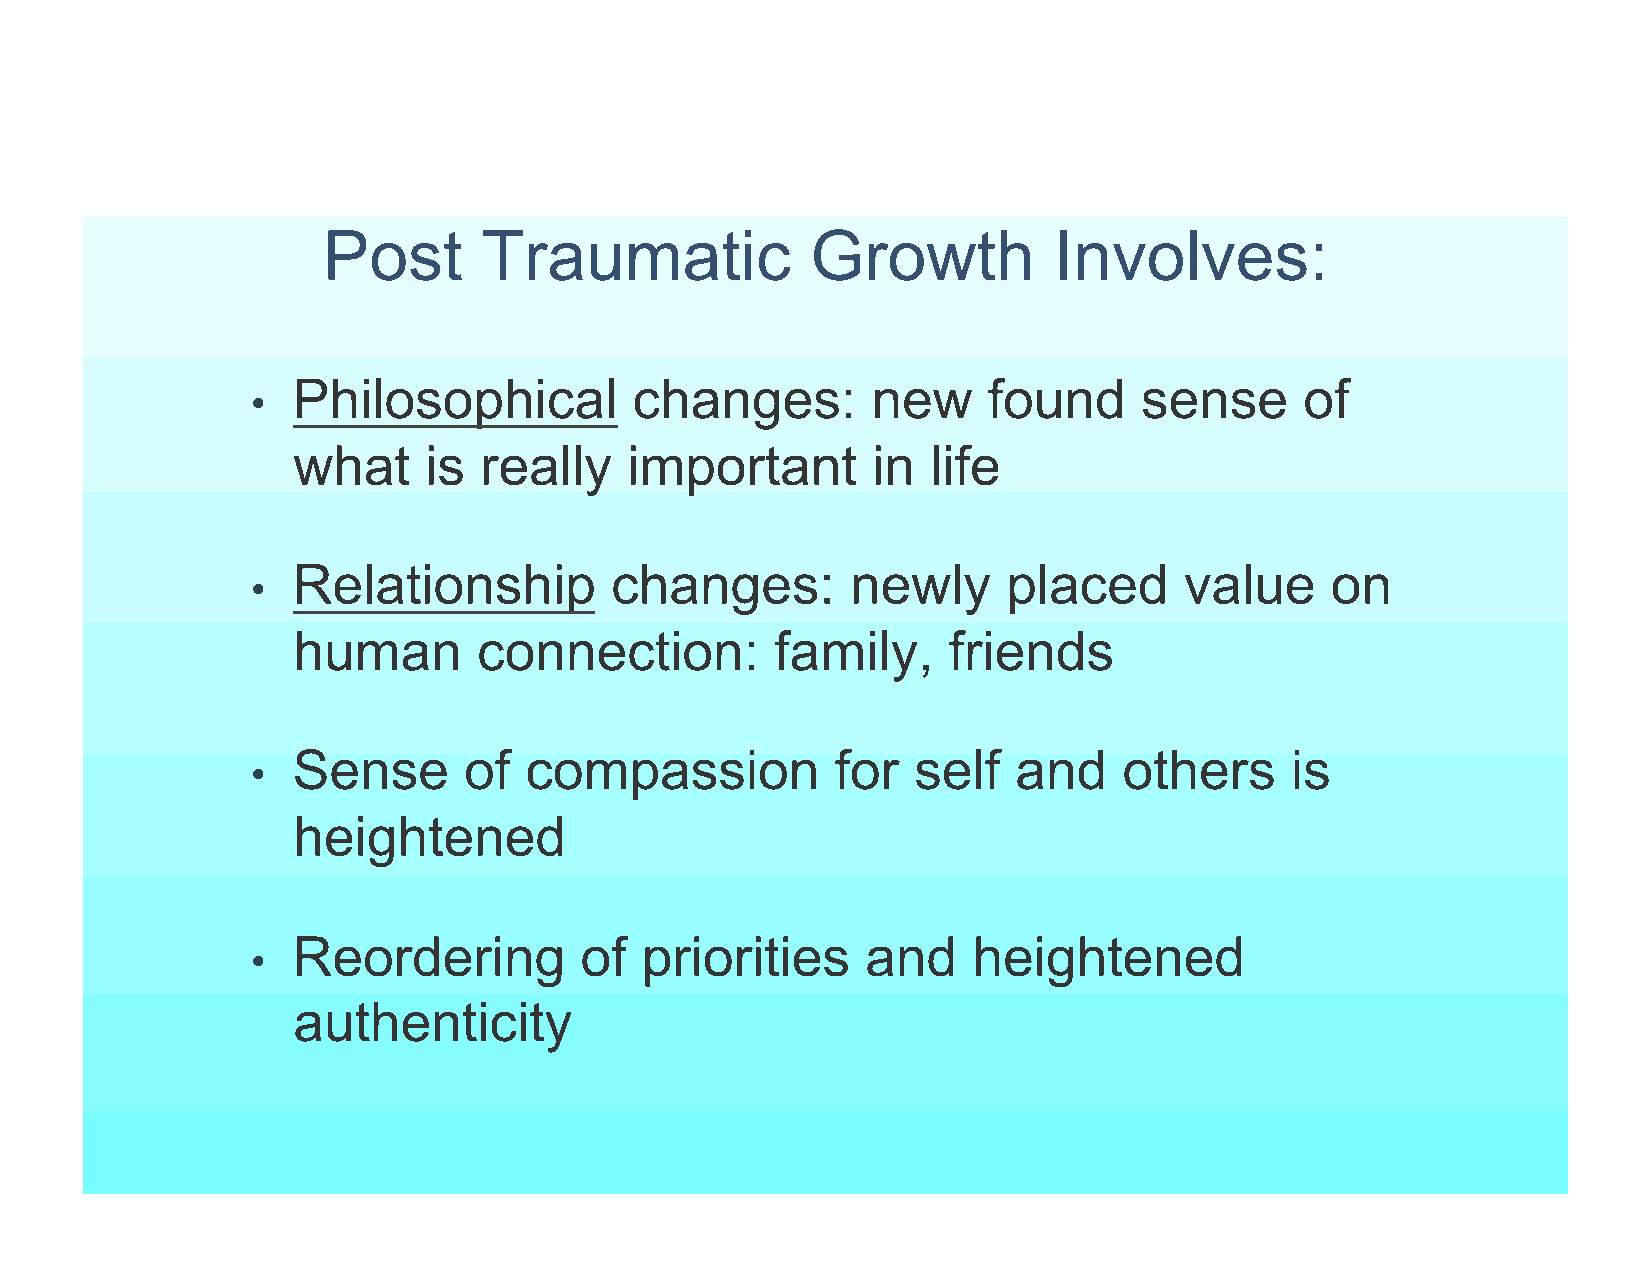
Post       Traumatic             Growth          Involves:
 Philosophical          changes:        new    found      sense     of
 •
 what     is  really   important        in  life
 Relationship         changes:        newly      placed     value     on
 •
 human        connection:        family,     friends
 Sense       of  compassion          for  self   and    others     is
 •
 heightened
 Reordering         of  priorities     and    heightened
 •
 authenticity